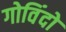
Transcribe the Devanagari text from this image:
गोविंदो